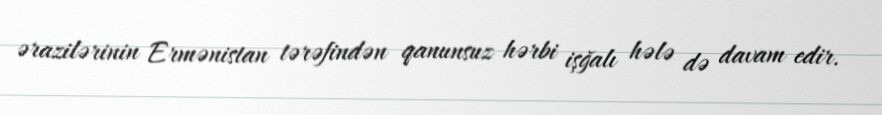
ərazilərinin Ermənistan tərəfindən qanunsuz hərbi işğalı hələ də davam edir.